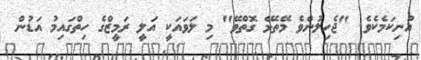
އުނިކަމެކެވެ. "ޖެހިލުންވެ މޭތެޅޭ ގޮތްވޭ" މި ލަވައަކީ އަލީ ރަމީޒްގެ ހިތްގައިމު އަޑުން